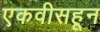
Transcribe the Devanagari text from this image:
एकवीसहून